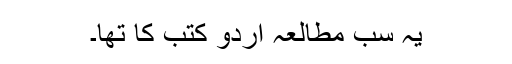
یہ سب مطالعہ اردو کتب کا تھا۔